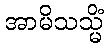
အာမိသသ္မိံ